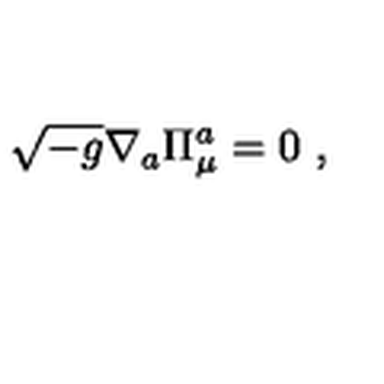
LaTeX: \sqrt { - g } \nabla _ { a } \Pi _ { \mu } ^ { a } = 0 \ ,